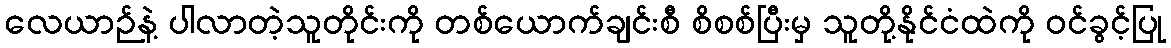
လေယာဉ်နဲ့ ပါလာတဲ့သူတိုင်းကို တစ်ယောက်ချင်းစီ စိစစ်ပြီးမှ သူတို့နိုင်ငံထဲကို ဝင်ခွင့်ပြု